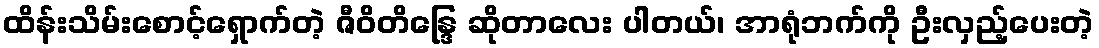
ထိန်းသိမ်းစောင့်ရှောက်တဲ့ ဇီဝိတိန္ဒြေ ဆိုတာလေး ပါတယ်၊ အာရုံဘက်ကို ဦးလှည့်ပေးတဲ့